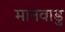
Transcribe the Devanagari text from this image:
मानवाडु